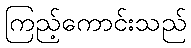
ကြည့်ကောင်းသည်